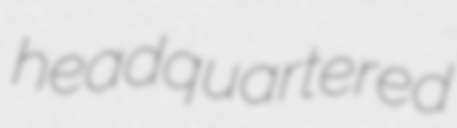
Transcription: headquartered